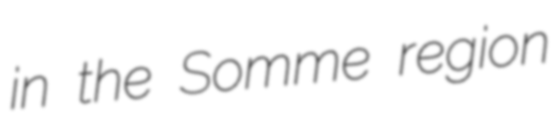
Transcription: in the Somme region